Report on horse surra - Volume II, Part II
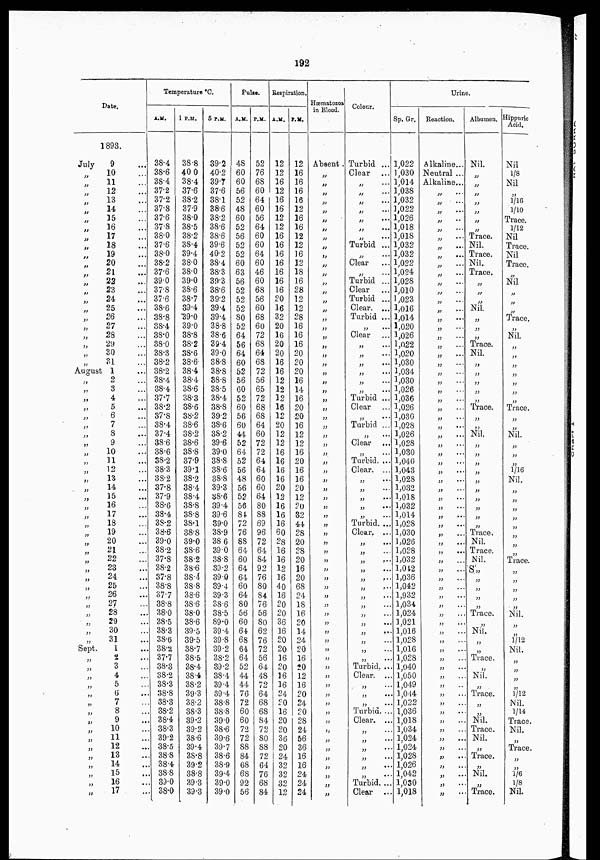
192
Date.
1893.
July
„
„
„
„
„
„
„
„
„
„
„
„
„
„
„
„
„
„
„
„
„
„
August
„
„
„
„
„
„
„
„
„
„
„
„
„
„
„
„
„
„
„
„
„
„
„
„
„
„
„
„
„
„
Sept.
„
„
„
„
„
„
„
„
„
„
„
„
„
„
„
„
9 ...
10 ...
11 ...
12 ...
13 ...
14 ...
15 ...
16 ...
17 ...
18 ...
19 ...
20 ...
21 ...
22 ...
23 ...
24 ...
25 ...
26 ...
27 ...
28 ...
29 ...
30 ...
31 ...
1 ...
2 ...
3 ...
4 ...
5 ...
6 ...
7 ...
8 ...
9 ...
10 ...
11 ...
12 ...
13 ...
14 ...
15 ...
16 ...
17 ...
18 ...
19 ...
20 ...
21 ...
22 ...
23 ...
24 ...
25 ...
26 ...
27 ...
28 ...
29 ...
30 ...
31 ...
1 ...
2 ...
3 ...
4 ...
5 ...
6 ...
7 ...
8 ...
9 ...
10 ...
11 ...
12 ...
13 ...
14 ...
15 ...
16 ...
17 ...
Temperature °C.
A.M.
38.4
38.6
38.4
37.2
37.2
37.8
37.6
37.8
38.0
37.6
38.0
38.2
37.6
39.0
37.8
37.6
38.6
38.8
38.4
38.0
38.0
38.3
38.2
38.2
38.4
38.4
37.7
38.2
37.8
38.4
37.4
38.6
38.6
38.2
38.3
38.2
37.8
37.9
38.6
38.4
38.2
38.6
39.0
38.2
37.8
38.2
37.8
38.8
37.7
38.8
38.0
38.5
38.3
38.6
38.2
37.7
38.3
38.2
38.3
38.8
38.3
38.2
38.4
38.3
39.2
38.5
38.8
38.4
38.8
39.0
38.0
1 P.M.
38.8
40.0
38.4
37.6
38.2
37.9
38.0
38.5
38.2
38.4
39.4
38.0
38.0
39.0
38.6
38.7
39.4
39.0
39.0
38.8
38.2
38.6
38.6
38.4
38.4
38.6
38.3
38.6
38.2
38.6
38.2
38.6
38.8
37.9
39.1
38.2
38.4
38.4
38.8
38.8
38.1
38.8
39.0
38.6
38.2
38.6
38.4
38.8
38.6
38.6
38.0
38.6
39.5
39.5
38.7
38.5
38.4
38.4
38.2
39.3
38.2
38.3
39.2
39.2
38.6
39.4
38.8
39.2
38.8
39.3
39.3
5 P.M.
39.2
40.2
39.7
37.6
38.1
38.6
38.2
38.6
38.6
39.6
40.2
38.4
38.3
39.3
38.6
39.2
39.4
39.4
38.8
38.6
39.4
39.0
38.8
38.8
38.8
38.5
38.4
38.8
39.2
38.6
38.2
39.6
39.0
38.8
38.6
38.8
39.3
38.6
39.4
39.6
39.0
38.9
38.6
39.0
38.8
39.2
39.0
39.4
39.3
38.6
38.5
89.0
39.4
39.8
39.2
38.2
39.2
38.4
39.4
39.4
38.8
38.8
39.0
38.6
39.6
39.7
38.6
38.9
39.4
39.0
39.0
Pulse.
A.M.
48
60
60
56
52
48
60
52
56
52
52
60
63
56
52
52
52
80
52
64
56
64
60
52
56
60
52
60
56
60
44
52
64
52
56
48
56
52
56
84
72
76
88
64
60
64
64
60
64
80
56
60
64
68
64
64
52
44
44
76
72
60
60
72
72
88
84
68
68
92
56
P.M.
52
76
68
60
64
60
56
64
60
60
64
60
46
60
68
56
60
68
60
72
68
64
68
72
56
65
72
68
68
64
60
72
72
64
64
60
60
64
80
88
69
96
72
64
84
92
76
80
84
76
56
80
62
76
72
56
64
48
72
64
68
68
84
72
80
88
72
64
76
68
84
Respiration.
A.M.
12
12
16
12
16
16
12
12
16
16
16
16
16
16
16
20
16
32
20
16
20
20
16
16
12
12
12
16
12
20
12
12
16
16
16
16
20
12
16
16
16
60
28
16
16
12
16
40
16
20
20
36
16
20
20
16
20
16
16
24
20
16
20
20
36
20
24
32
32
32
12
P.M.
12
16
16
16
16
12
16
16
12
12
16
12
18
16
28
12
12
28
16
16
16
20
20
20
16
14
16
20
20
16
12
12
16
20
16
16
20
12
20
32
44
28
20
28
20
16
20
68
24
18
16
20
14
24
20
16
20
12
16
20
24
20
28
24
56
36
16
16
24
24
24
Hæmatozoa
in Blood.
Absent .
„
„
„
„
„
„
„
„
„
„
„
„
„
„
„
„
„
„
„
„
„
„
„
„
„
„
„
„
„
„
„
„
„
„
„
„
„
„
„
„
„
„
„
„
„
„
„
„
„
„
„
„
„
„
„
„
„
„
„
„
„
„
„
„
„
„
„
„
„
„
Colour.
Turbid ...
Clear
„ ...
„
...
„
...
„
...
„ ...
„
...
„
...
Turbid ...
„ ...
Clear
„
Turbid ...
Clear
Turbid ...
Clear. ...
Turbid ...
„ ...
Clear ...
„ ...
„ ...
„ ...
„ ...
„
„
...
Turbid ...
Clear
„ ...
Turbid ...
„
...
Clear
„ ...
Turbid. ...
Clear. ...
„
...
„
„
...
„
...
„ ...
Turbid. ...
Clear, ...
„
...
„
„
...
„
...
„
...
„
„
...
„
„
„
...
„
...
„
„ ...
„
...
Turbid. ..
Clear. ...
„
„
...
„
...
Turbid. ..
Clear. ...
„
„
...
„
...
„
„
„
...
Turbid. ...
Clear
Urine.
Sp. Gr.
1,022
1,030
1,014
1,038
1,032
1,022
1,026
1,018
1,018
1,032
1,032
1,022
1,024
1,028
1,010
1,023
1,016
1,014
1,020
1,026
1,022
1,020
1,030
1,034
1,030
1,026
1,036
1,026
1,030
1,028
1,026
1,028
1,030
1,040
1,043
1,028
1,032
1,018
1,032
1,014
1,028
1,030
1,026
1,028
1,032
1,042
1,036
1,042
1,932
1,034
1,024
1,021
1,016
1,028
1,016
1,028
1,040
1,050
1,049
1,044
1,022
1,036
1,018
1,034
1,024
1,024
1,028
1,026
1,042
1,030
1,018
Reaction.
Alkaline...
Neutral ...
Alkaline...
„
„
„ ...
„
...
„ ...
„ ...
„ ...
„ ...
„
...
„ ...
„ ...
„
„ ...
„
„ ...
„
„
„
„
„
„
„
„
„
„
„
„ ...
„ ...
„ ...
„ ...
„ ...
„ ...
„
„
„
...
„
...
„ ....
„
...
„ ...
„
...
„
...
„
„ ...
„
„
„ ...
„
„
„
...
„
„
„
...
„
„
„
„
„
„
„
„
„
„
...
„
„
...
„
„
...
„
„ ...
Albumen.
Nil.
„
„
„
„
„
„
„
Trace.
Nil.
Trace.
Nil.
Trace.
„
„
„
Nil.
„
„
„
Trace.
Nil.
„
„
„
„
„
Trace.
„
„
Nil,
„
„
„
„
„
„
„
„
„
„
Trace.
Nil.
Trace.
Nil.
S„
„
„
„
„
Trace.
„
Nil.
„
„
Trace.
„
Nil.
„
Trace.
„
„
Nil.
Trace.
Nil.
„
Trace.
„
Nil.
„
Trace.
Hippuric
Acid.
Nil
⅛
Nil
„
1/16
1/10
Trace.
1/12
Nil
Trace.
Nil
Trace.
„
Nil
„
„
„
Trace,
„
Nil.
„
„
„
„
„
„
„
Trace.
„
„
Nil.
„
„
„
1/16
Nil..
„
„
„
„
„
„
„
„
Trace.
„
„
„
„
„
Nil.
„
„
1/12
Nil.
„
„
„
„
1/12
Nil.
1/14
Trace.
Nil.
„
Trace,
„
„
1/6
⅛
Nil.